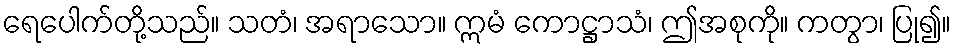
ရေပေါက်တို့သည်။ သတံ၊ အရာသော။ ဣမံ ကောဋ္ဌာသံ၊ ဤအစုကို။ ကတွာ၊ ပြု၍။